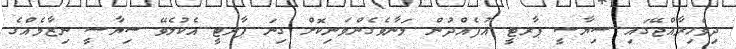
ދިވެހިރާއްޖޭގައި ސިޔާސީ ޕާރޓީ އުފެއްދުން މަނާވެގެންވަނިކޮށް ގިނަ ޕާރޓީ އެކުލެވޭ ސިޔާސީ ނިޒާމެއްގެ